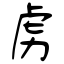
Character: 虏